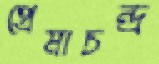
প্রেমাচন্দ্র